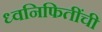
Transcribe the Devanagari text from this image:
ध्वनिफितींची